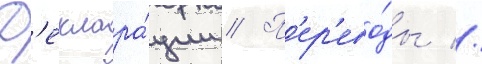
Д'еклара́ции // П'ер'ево́ды //